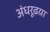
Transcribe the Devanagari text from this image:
अंधरूढय़ा